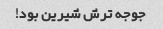
جوجه ترش شیرین بود!